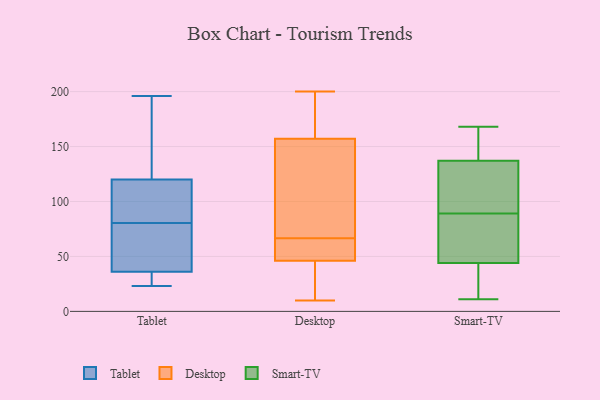
{"axis": {"x": "Bounce Rate (%)", "y": "Value"}, "legend": ["Desktop", "Smart-TV", "Tablet"], "data": [{"x": "", "y": 115, "type": "Tablet"}, {"x": "", "y": 106, "type": "Tablet"}, {"x": "", "y": 196, "type": "Tablet"}, {"x": "", "y": 55, "type": "Tablet"}, {"x": "", "y": 132, "type": "Tablet"}, {"x": "", "y": 46, "type": "Tablet"}, {"x": "", "y": 120, "type": "Tablet"}, {"x": "", "y": 36, "type": "Tablet"}, {"x": "", "y": 23, "type": "Tablet"}, {"x": "", "y": 31, "type": "Tablet"}, {"x": "", "y": 22, "type": "Desktop"}, {"x": "", "y": 166, "type": "Desktop"}, {"x": "", "y": 54, "type": "Desktop"}, {"x": "", "y": 46, "type": "Desktop"}, {"x": "", "y": 157, "type": "Desktop"}, {"x": "", "y": 200, "type": "Desktop"}, {"x": "", "y": 131, "type": "Desktop"}, {"x": "", "y": 56, "type": "Desktop"}, {"x": "", "y": 10, "type": "Desktop"}, {"x": "", "y": 77, "type": "Desktop"}, {"x": "", "y": 35, "type": "Smart-TV"}, {"x": "", "y": 11, "type": "Smart-TV"}, {"x": "", "y": 158, "type": "Smart-TV"}, {"x": "", "y": 22, "type": "Smart-TV"}, {"x": "", "y": 168, "type": "Smart-TV"}, {"x": "", "y": 75, "type": "Smart-TV"}, {"x": "", "y": 89, "type": "Smart-TV"}, {"x": "", "y": 149, "type": "Smart-TV"}, {"x": "", "y": 87, "type": "Smart-TV"}, {"x": "", "y": 133, "type": "Smart-TV"}, {"x": "", "y": 47, "type": "Smart-TV"}, {"x": "", "y": 102, "type": "Smart-TV"}, {"x": "", "y": 105, "type": "Smart-TV"}]}